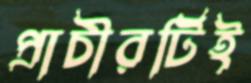
প্রাচীরটিই